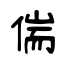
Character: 偳